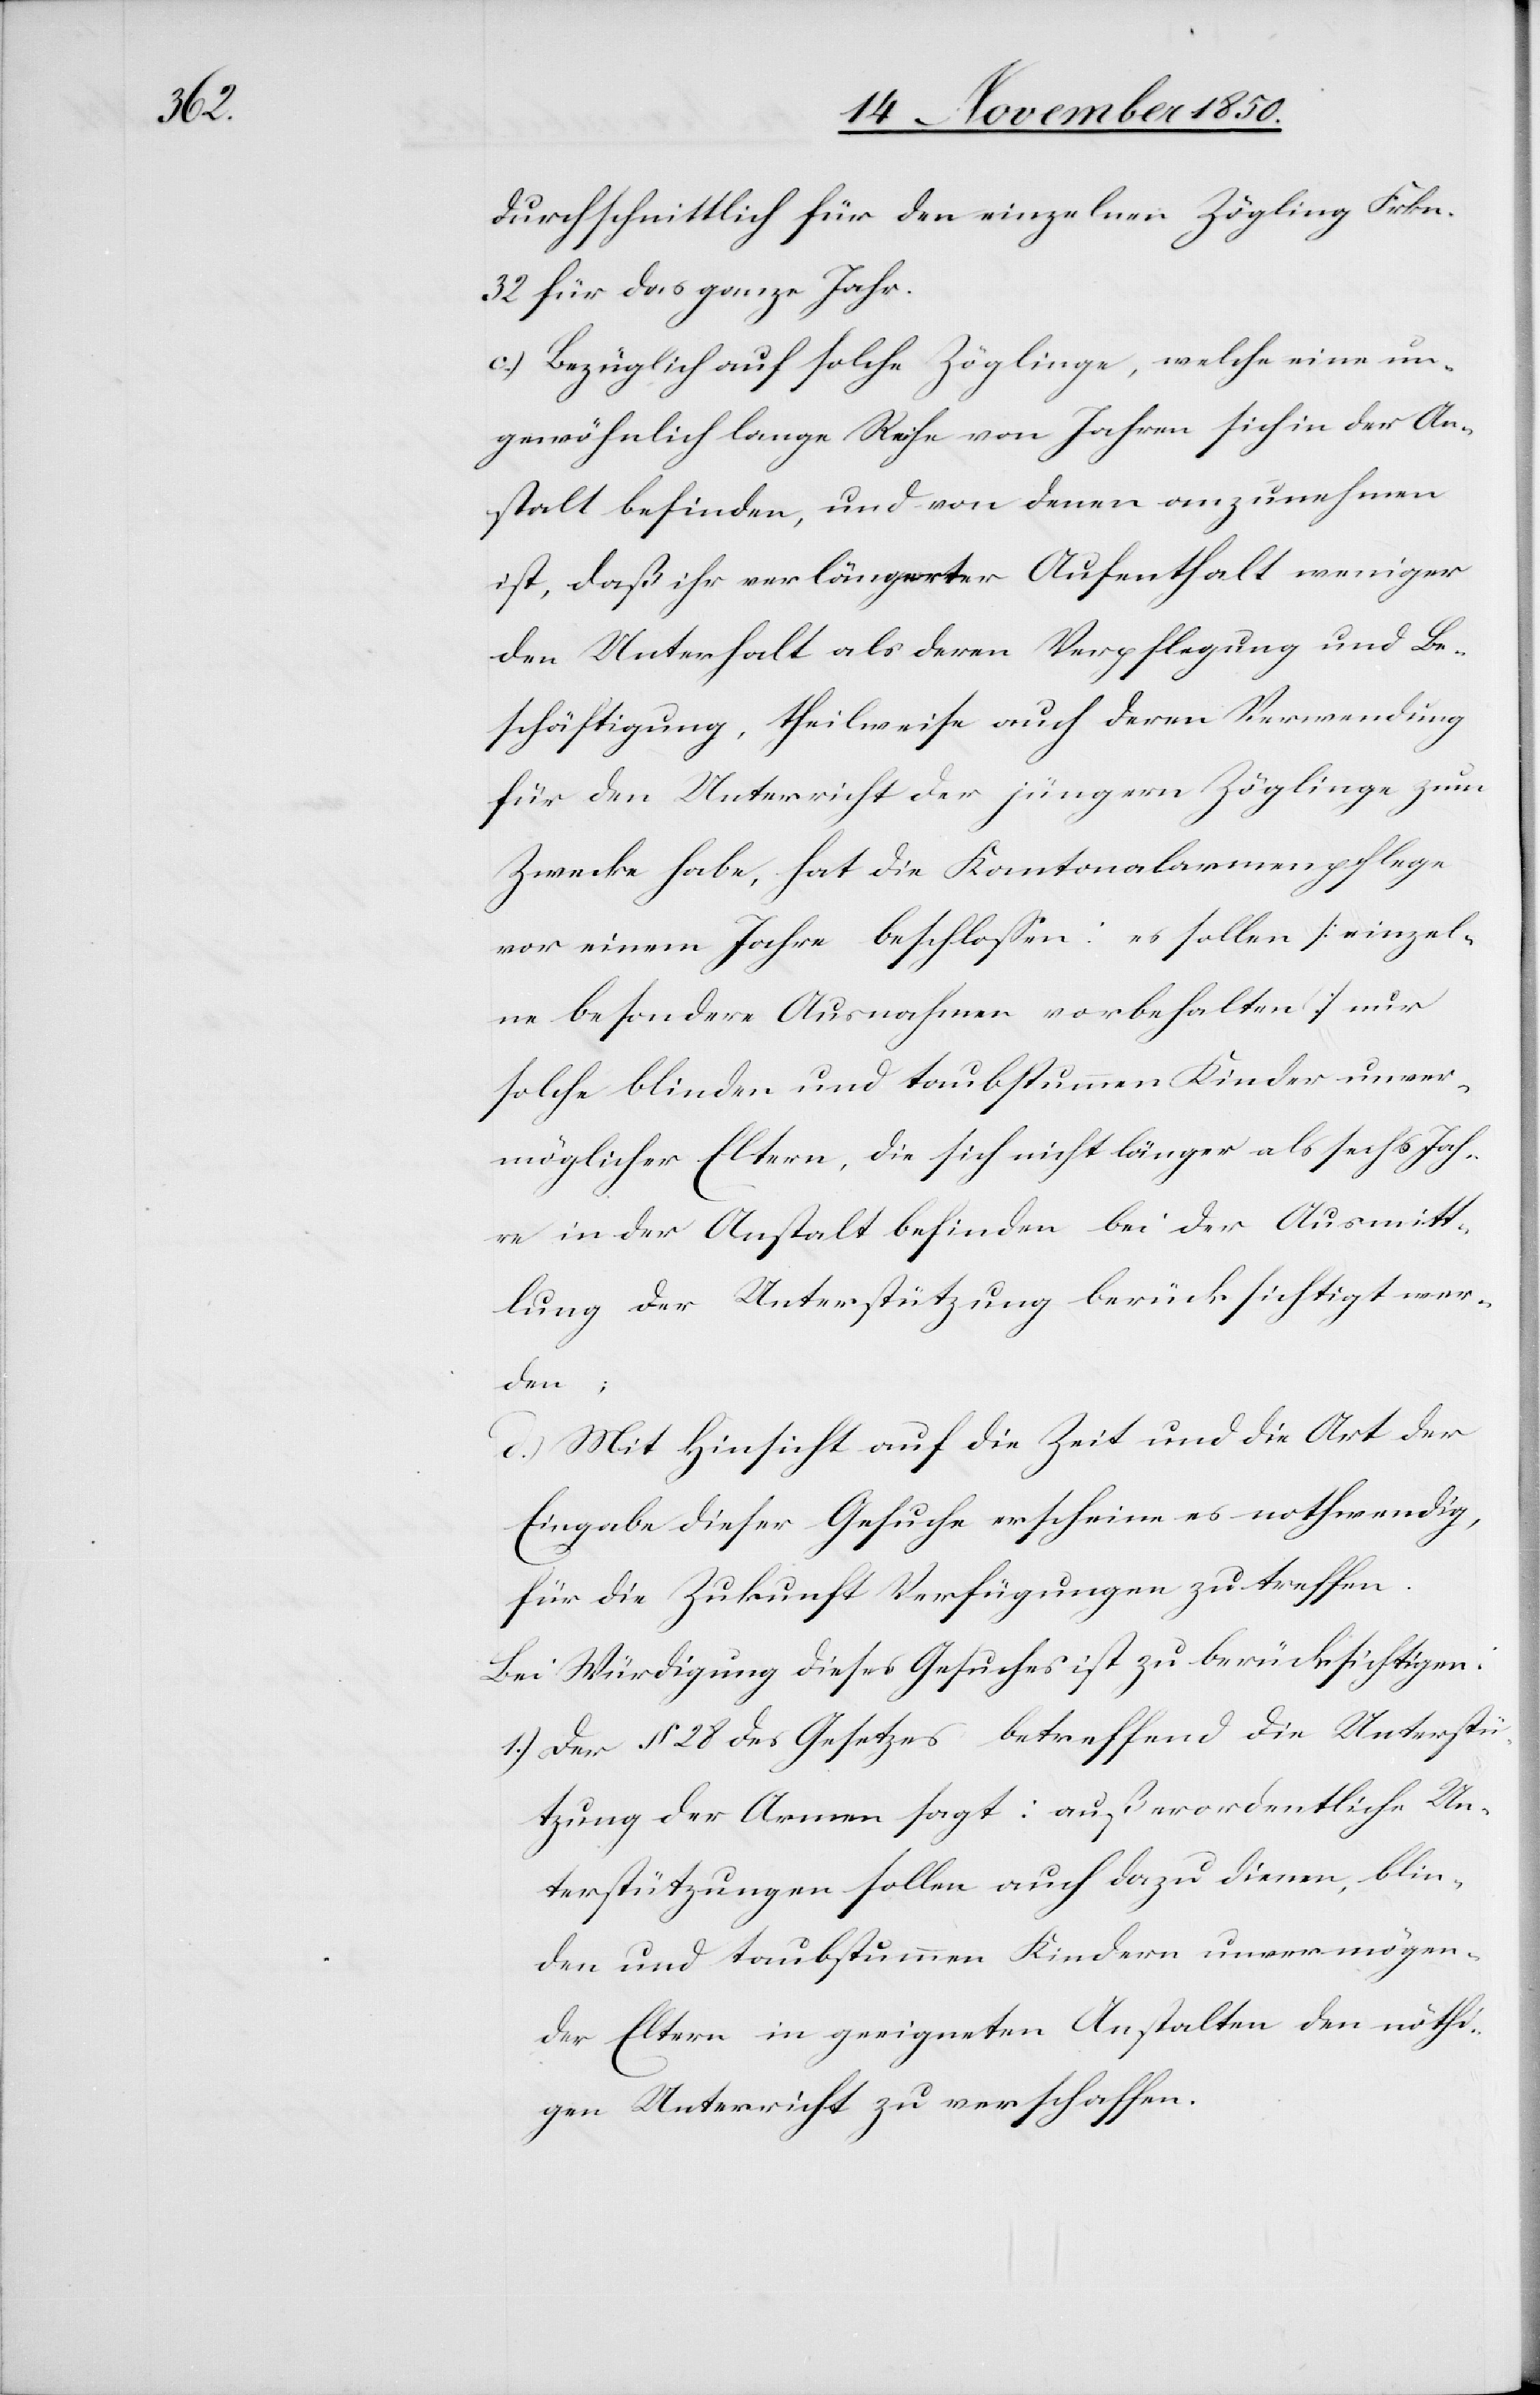
durchschnittlich für den einzelnen Zögling Frkn.
32 für das ganze Jahr.
c.) Bezüglich auf solche Zöglinge, welche eine un¬
gewöhnlich lange Reihe von Jahren sich in der An¬
stalt befinden, und von denen anzunehmen
ist, daß ihr verlängerter Aufenthalt weniger
den Unterhalt als deren Verpflegung und Be¬
schäftigung, theilweise auch deren Verwendung
für den Unterricht der jüngern Zöglinge zum
Zwecke habe, hat die Kantonalarmenpflege
vor einem Jahre beschlossen: es sollen [einzel¬
nen besondere Ausnahmen vorbehalten] nur
solche blinden und taubstummen Kinder unver¬
möglicher Eltern, die sich nicht länger als sechs Jah¬
re in der Anstalt befinden bei der Ausmitt¬
lung der Unterstützung berücksichtigt wer¬
den;
d.) Mit Hinsicht auf die Zeit und die Art der
Eingabe dieser Gesuche erscheine es nothwendig,
für die Zukunft Verfügungen zu treffen.
Bei Würdigung dieses Gesuches ist zu berücksichtigen:
1.) Der § 28 des Gesetzes betreffend die Unterstü¬
tzung der Armen sagt: außerordentliche Un¬
terstützungen sollen auch dazu dienen, blin¬
den und taubstummen Kindern unvermögen¬
der Eltern in geeigneten Anstalten den nöthi¬
gen Unterricht zu verschaffen.